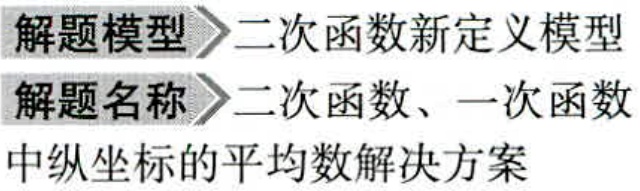
解题模型 \(\rhd\) 二次函数新定义模型
解题名称 \(\rhd\) 二次函数、一次函数
中纵坐标的平均数解决方案